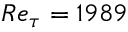
R e _ { \tau } = 1 9 8 9